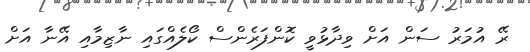
ރޭ އުމަރު ސަން އަށް ވިދާޅުވީ ކޮންފަރެންސް ކޯލެއްގައި ނާޒިމާއި އޭނާ އަށް